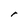
Character: r